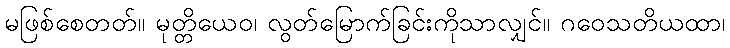
မဖြစ်စေတတ်။ မုတ္တိယေဝ၊ လွတ်မြောက်ခြင်းကိုသာလျှင်။ ဂဝေသတိယထာ၊